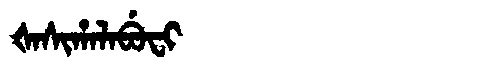
Manchu: ᡧᠠᠰᡳᡥᠠᠯᠠᠪᡠᠸᡳ
Romanization: ŠASIHALABUFI